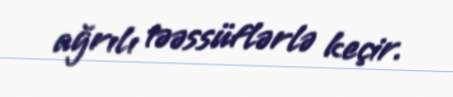
ağrılı təəssüflərlə keçir.